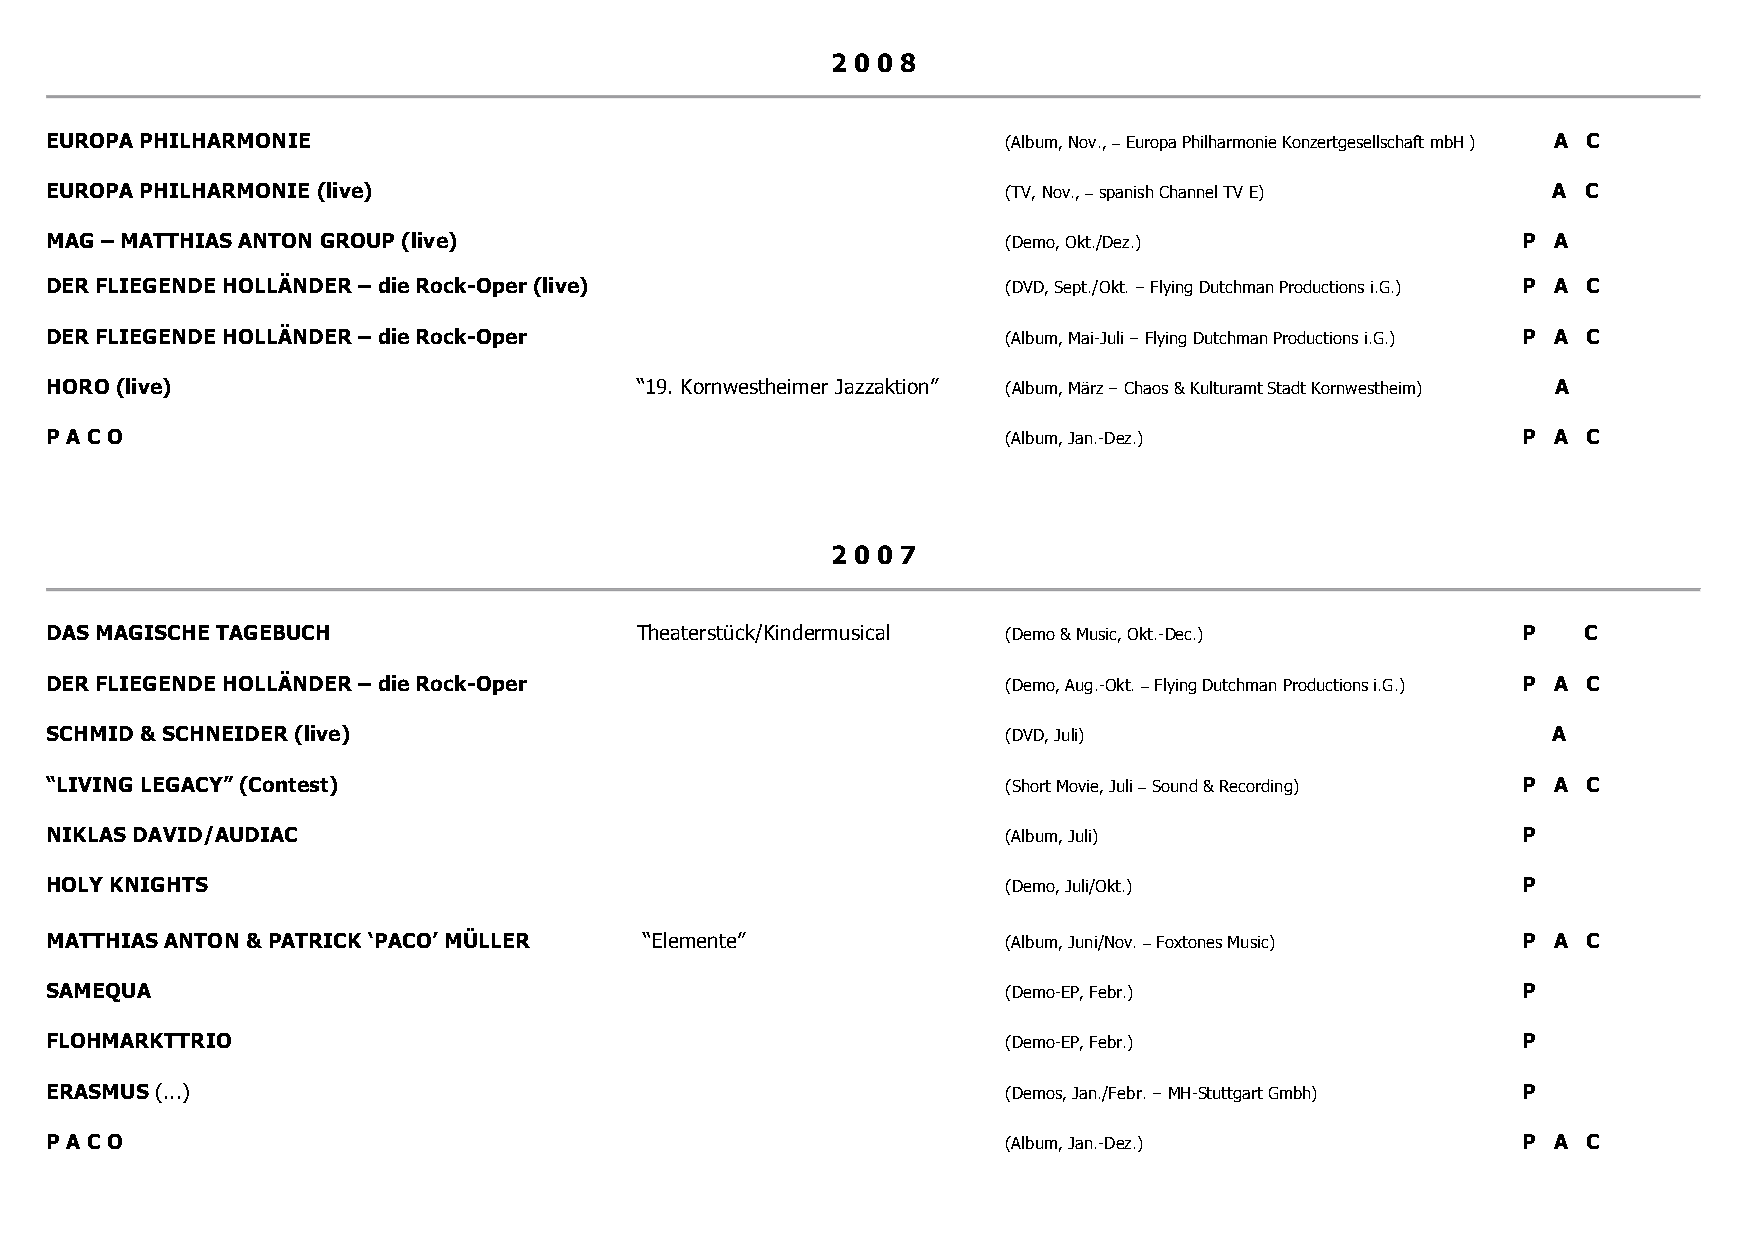
2 0 0 8
 EUROPA PHILHARMONIE                                             (Album, Nov., – Europa Philharmonie Konzertgesellschaft mbH ) A C
 EUROPA PHILHARMONIE (live)                                      (TV, Nov., – spanish Channel TV E)  A C
 MAG – MATTHIAS ANTON GROUP (live)                               (Demo, Okt./Dez.)                 P A
 DER FLIEGENDE HOLLÄNDER – die Rock-Oper (live)                  (DVD, Sept./Okt. – Flying Dutchman Productions i.G.) P A C
 DER FLIEGENDE HOLLÄNDER – die Rock-Oper                         (Album, Mai-Juli – Flying Dutchman Productions i.G.) P A C
 HORO (live)                            “19. Kornwestheimer Jazzaktion” (Album, März – Chaos & Kulturamt Stadt Kornwestheim) A
 P A C O                                                         (Album, Jan.-Dez.)                P A C
 2 0 0 7
 DAS MAGISCHE TAGEBUCH                  Theaterstück/Kindermusical (Demo & Music, Okt.-Dec.)       P   C
 DER FLIEGENDE HOLLÄNDER – die Rock-Oper                         (Demo, Aug.-Okt. – Flying Dutchman Productions i.G.) P A C
 SCHMID & SCHNEIDER (live)                                       (DVD, Juli)                         A
 “LIVING LEGACY” (Contest)                                       (Short Movie, Juli – Sound & Recording) P A C
 NIKLAS DAVID/AUDIAC                                             (Album, Juli)                     P
 HOLY KNIGHTS                                                    (Demo, Juli/Okt.)                 P
 MATTHIAS ANTON & PATRICK ‘PACO’ MÜLLER  “Elemente”              (Album, Juni/Nov. – Foxtones Music) P A C
 SAMEQUA                                                         (Demo-EP, Febr.)                  P
 FLOHMARKTTRIO                                                   (Demo-EP, Febr.)                  P
 ERASMUS (...)                                                   (Demos, Jan./Febr. – MH-Stuttgart Gmbh) P
 P A C O                                                         (Album, Jan.-Dez.)                P A C